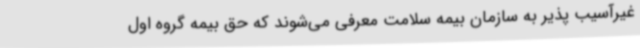
غیرآسیب‌ پذیر به سازمان بیمه سلامت معرفی می‌شوند که حق بیمه گروه اول